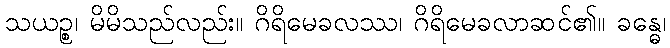
သယဉ္စ၊ မိမိသည်လည်း။ ဂိရိမေခလဿ၊ ဂိရိမေခလာဆင်၏။ ခန္ဓေ၊